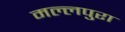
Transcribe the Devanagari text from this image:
मल्लपुरा